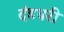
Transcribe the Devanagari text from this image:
दंडधरी